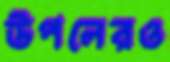
উপলেরও